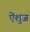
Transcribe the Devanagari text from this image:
ऐंशुज